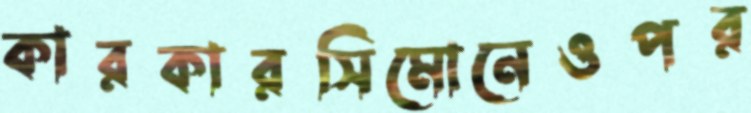
কারকারসিমোনেওপর